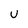
Character: U